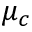
\mu _ { c }